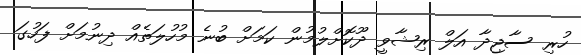
ހުރި ސާޖިދާ އަލް ރިޝާވީ ދޫކޮށްލުމުން ކަމަށް ބުނެ މުހުލަތެއް ދިނުމަށް ފަހުގަ